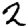
Digit: 2